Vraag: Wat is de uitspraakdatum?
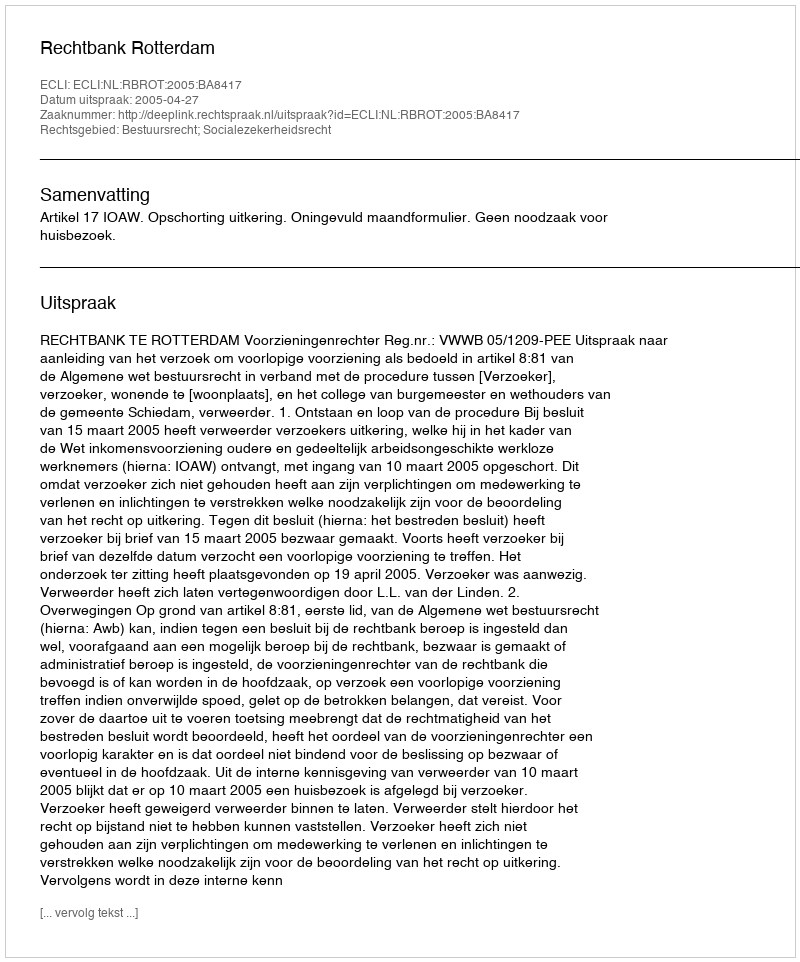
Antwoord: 2005-04-27